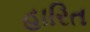
હારિત